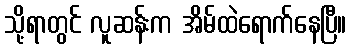
သို့ရာတွင် လူဆန်းက အိမ်ထဲရောက်နေပြီ။